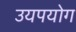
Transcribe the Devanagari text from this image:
उयपयोग